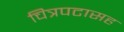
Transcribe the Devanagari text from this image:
चित्रपटासह